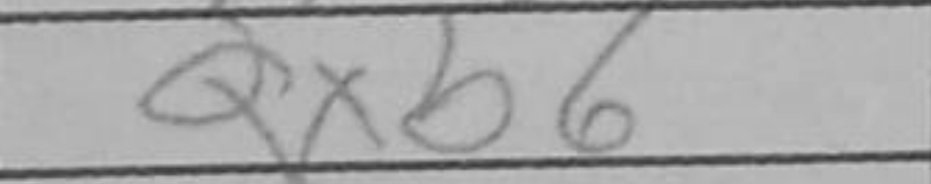
Transcription: Qxb6